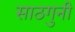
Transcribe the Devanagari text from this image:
साठगुनी